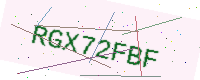
Text: RGX72FBF